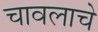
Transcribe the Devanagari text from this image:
चावलाचे